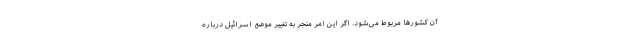
آن کشورها مربوط می‌شود. اگر این امر منجر به تغییر موضع اسرائیل درباره